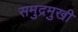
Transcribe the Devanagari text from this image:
समुद्रमुखी